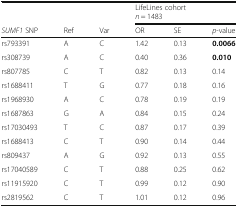
<table><thead><tr><td></td><td></td><td></td><td colspan="3"><b>LifeLines cohort<i>n</i> = 1483</b></td></tr><tr><td><b><i>SUMF1</i> SNP</b></td><td><b>Ref</b></td><td><b>Var</b></td><td><b>OR</b></td><td><b>SE</b></td><td><b><i>p</i>-value</b></td></tr></thead><tbody><tr><td>rs793391</td><td>A</td><td>C</td><td>1.42</td><td>0.13</td><td><b>0.0066</b></td></tr><tr><td>rs308739</td><td>A</td><td>C</td><td>0.40</td><td>0.36</td><td><b>0.010</b></td></tr><tr><td>rs807785</td><td>C</td><td>T</td><td>0.82</td><td>0.13</td><td>0.14</td></tr><tr><td>rs1688411</td><td>T</td><td>G</td><td>0.77</td><td>0.18</td><td>0.16</td></tr><tr><td>rs1968930</td><td>A</td><td>C</td><td>0.78</td><td>0.19</td><td>0.19</td></tr><tr><td>rs1687863</td><td>G</td><td>A</td><td>0.84</td><td>0.15</td><td>0.24</td></tr><tr><td>rs17030493</td><td>T</td><td>C</td><td>0.87</td><td>0.17</td><td>0.39</td></tr><tr><td>rs1688413</td><td>C</td><td>T</td><td>0.90</td><td>0.14</td><td>0.44</td></tr><tr><td>rs809437</td><td>A</td><td>G</td><td>0.92</td><td>0.13</td><td>0.55</td></tr><tr><td>rs17040589</td><td>C</td><td>T</td><td>0.88</td><td>0.25</td><td>0.62</td></tr><tr><td>rs11915920</td><td>C</td><td>T</td><td>0.99</td><td>0.12</td><td>0.90</td></tr><tr><td>rs2819562</td><td>C</td><td>T</td><td>1.01</td><td>0.12</td><td>0.96</td></tr></tbody></table>